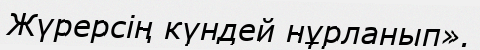
Жүрерсің күндей нұрланып».